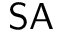
\mathsf { S A }